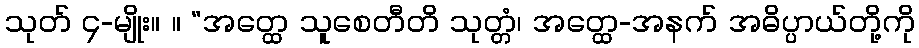
သုတ် ၄-မျိုး။ ။ “အတ္ထေ သူစေတီတိ သုတ္တံ၊ အတ္ထေ-အနက် အဓိပ္ပာယ်တို့ကို